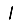
Digit: 1